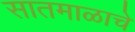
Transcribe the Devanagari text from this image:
सातमाळाचे